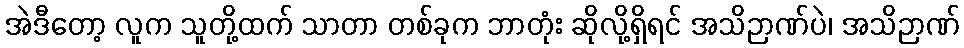
အဲဒီတော့ လူက သူတို့ထက် သာတာ တစ်ခုက ဘာတုံး ဆိုလို့ရှိရင် အသိဉာဏ်ပဲ၊ အသိဉာဏ်